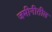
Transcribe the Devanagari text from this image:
जमीनीतील